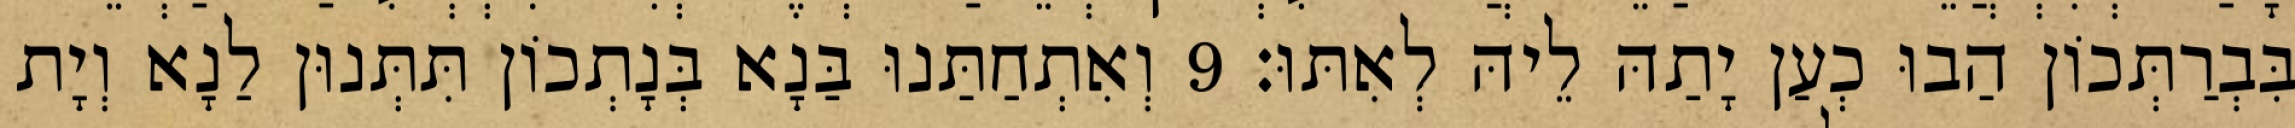
בִּבְרַתְּכוֹן הַבוּ כְעַן יָתַהּ לֵיהּ לְאִתּוּ׃ 9 וְאִתְחַתַּנוּ בַּנָא בְּנָתְכוֹן תִּתְּנוּן לַנָא וְיָת